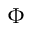
\Phi